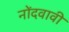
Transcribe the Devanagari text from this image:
नोंदवावी